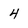
Character: 4